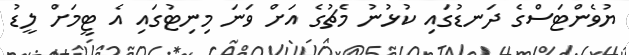
ޔުވެންޓަސްގެ ދަނޑުގައި ކުޅުނު މެޗުގެ އަށް ވަނަ މިނިޓުގައި އެ ޓީމަށް ލީޑު